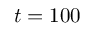
t = 1 0 0